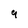
Character: 9